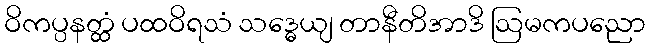
ဝိကပ္ပနတ္ထံ ပထဝိရသံ သဒ္ဓေယျ တာနီတိအာဒိ ဩမကပညော